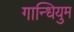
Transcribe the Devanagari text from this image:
गान्धियुम